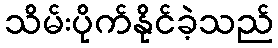
သိမ်းပိုက်နိုင်ခဲ့သည်